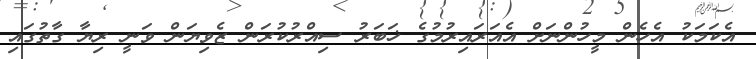
އެކަމަކު އެހެން މީހުންނަށް އެއަރައިރުމުގެ ޚަބަރު ސިއްރުކުރަން ޒެވިޔަން ވަނީ ރިޔާ ގާތުގައި